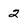
Character: 2